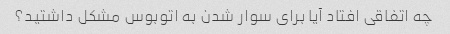
چه اتفاقی افتاد آیا برای سوار شدن به اتوبوس مشکل داشتید؟